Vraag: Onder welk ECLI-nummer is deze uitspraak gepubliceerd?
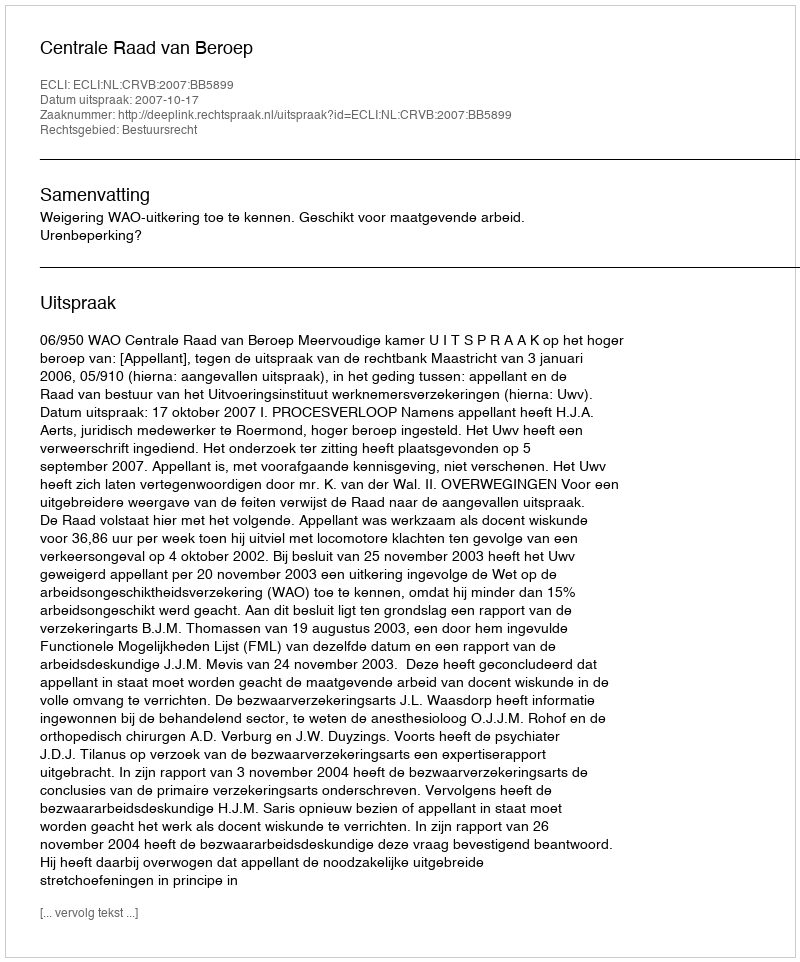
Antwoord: ECLI:NL:CRVB:2007:BB5899